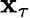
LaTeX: \mathbf{x}_{\tau}